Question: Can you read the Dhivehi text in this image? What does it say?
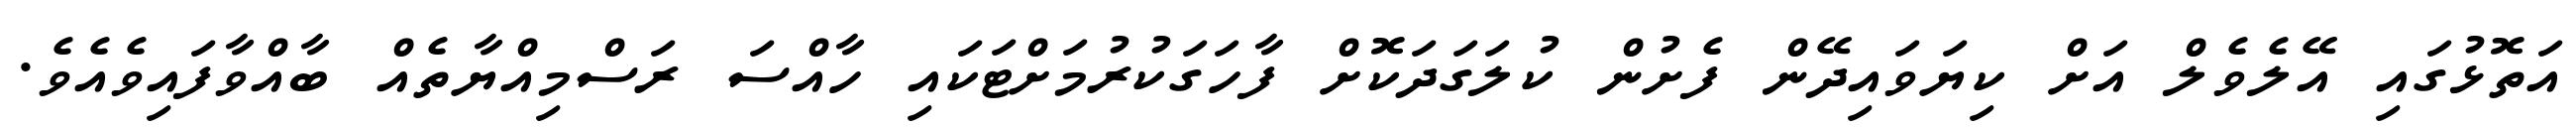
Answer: އަތޮޅުގައި އޭލެވެލް އަށް ކިޔަވައިދޭން ފެށުން ކުލަގަދަކޮށް ފާހަގަކުރުމަށްޓަކައި ހާއްސަ ރަސްމިއްޔާތެއް ބާއްވާފައިވެއެވެ.